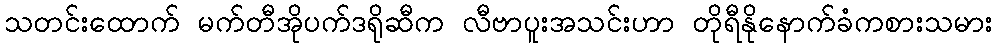
သတင်းထောက် မက်တီအိုပက်ဒရိုဆီက လီဗာပူးအသင်းဟာ တိုရီနိုနောက်ခံကစားသမား